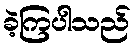
ခဲ့ကြပါသည်